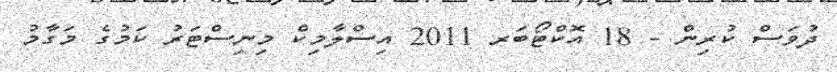
ދުވަސް ކުރިން - 18 އޮކްޓޯބަރ 2011 އިސްލާމިކް މިނިސްޓަރު ކަމުގެ މަގާމު